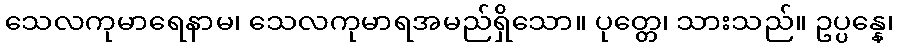
သေလကုမာရေနာမ၊ သေလကုမာရအမည်ရှိသော။ ပုတ္တေ၊ သားသည်။ ဥပ္ပန္နေ၊